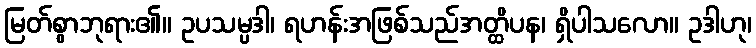
မြတ်စွာဘုရား၏။ ဥပသမ္ပဒါ၊ ရဟန်းအဖြစ်သည်အတ္ထိပန၊ ရှိပါသလော။ ဥဒါဟု၊